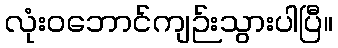
လုံးဝဘောင်ကျဉ်းသွားပါပြီ။